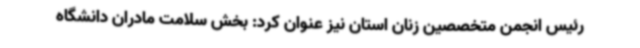
رئیس انجمن متخصصین زنان استان نیز عنوان کرد: بخش سلامت مادران دانشگاه